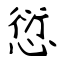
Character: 愆